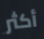
أكثر